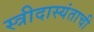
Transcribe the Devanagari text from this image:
स्त्रीदास्यंताची